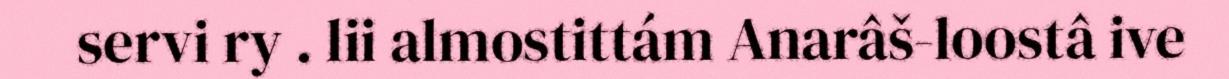
servi ry . lii almostittám Anarâš-loostâ ive